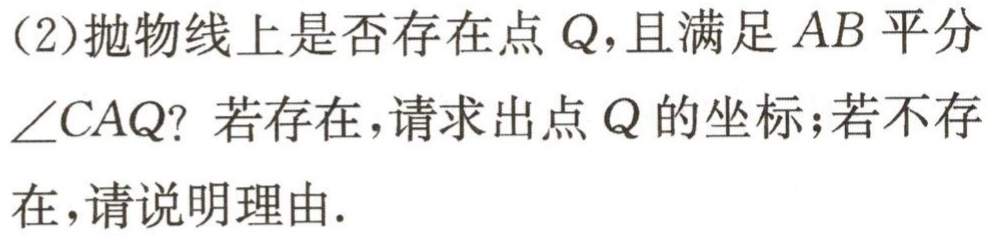
(2)抛物线上是否存在点\(Q\)，且满足\(AB\)平分\(\angle CAQ\)？若存在，请求出点\(Q\)的坐标；若不存在，请说明理由.